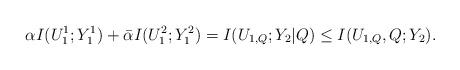
LaTeX: \begin{align*} \alpha I(U_1^1;Y_1^1) + \bar{\alpha} I(U_1^2;Y_1^2)=I(U_{1,Q};Y_2|Q)\leq I(U_{1,Q},Q;Y_2).\end{align*}